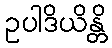
ဥပါဒိယိန္တိ